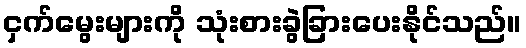
ငှက်မွေးများကို သုံးစားခွဲခြားပေးနိုင်သည်။